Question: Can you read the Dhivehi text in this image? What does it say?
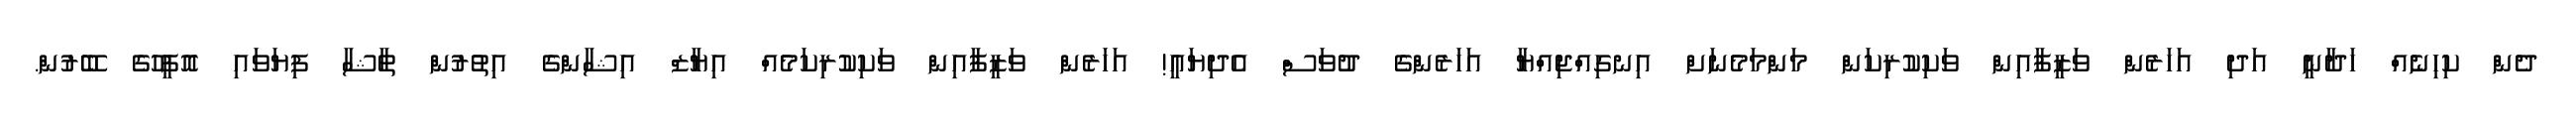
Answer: ދެން ކިހިނެއް ހަދާނީ އަދި އަހަރެން ވަޒީފާއިން ވަކިކުރިކަން މަންމަމެނަށް އިނގިއްޖިއްޔާ އަހަރެންގެ ދުވަސް އެދިޔައީ! އަހަރެން ވަޒީފާއިން ވަކިކުރިކަމެއް އިޔާޒް އިޝާންގެ އިތުރުން ތާޝާ ފިޔަވައި އޮފީހުގެ ބޭރުން.